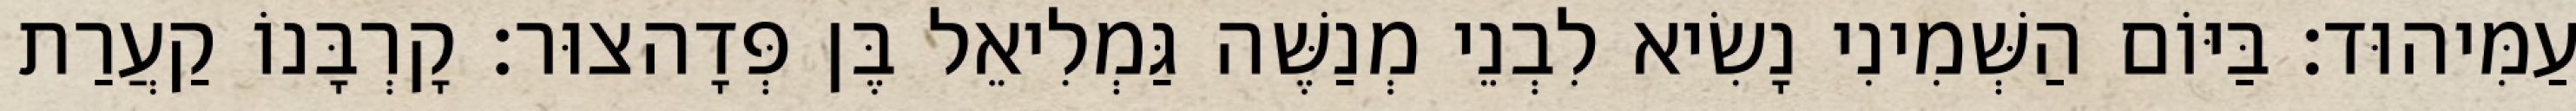
עַמִּיהוּד׃ בַּיּוֹם הַשְּׁמִינִי נָשִׂיא לִבְנֵי מְנַשֶּׁה גַּמְלִיאֵל בֶּן פְּדָהצוּר׃ קָרְבָּנוֹ קַעֲרַת